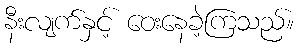
နီးလျက်နှင့် ဝေးနေခဲ့ကြသည်။